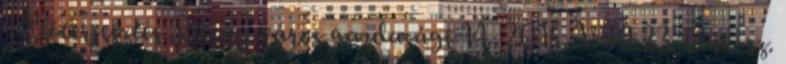
1 Előterjesztés Rétság város gazdasági 14 2015. VII.23. Önk. sz.